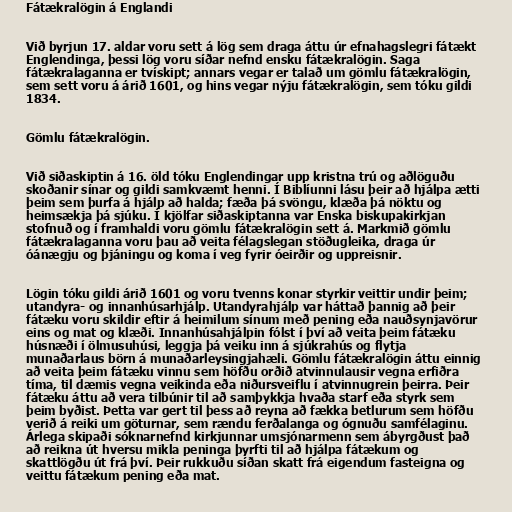
Fátækralögin á Englandi

Við byrjun 17. aldar voru sett á lög sem draga áttu úr efnahagslegri fátækt
Englendinga, þessi lög voru síðar nefnd ensku fátækralögin. Saga
fátækralaganna er tvískipt; annars vegar er talað um gömlu fátækralögin,
sem sett voru á árið 1601, og hins vegar nýju fátækralögin, sem tóku gildi
1834.

Gömlu fátækralögin.

Við siðaskiptin á 16. öld tóku Englendingar upp kristna trú og aðlöguðu
skoðanir sínar og gildi samkvæmt henni. Í Biblíunni lásu þeir að hjálpa ætti
þeim sem þurfa á hjálp að halda; fæða þá svöngu, klæða þá nöktu og
heimsækja þá sjúku. Í kjölfar siðaskiptanna var Enska biskupakirkjan
stofnuð og í framhaldi voru gömlu fátækralögin sett á. Markmið gömlu
fátækralaganna voru þau að veita félagslegan stöðugleika, draga úr
óánægju og þjáningu og koma í veg fyrir óeirðir og uppreisnir.

Lögin tóku gildi árið 1601 og voru tvenns konar styrkir veittir undir þeim;
utandyra- og innanhúsarhjálp. Utandyrahjálp var háttað þannig að þeir
fátæku voru skildir eftir á heimilum sínum með pening eða nauðsynjavörur
eins og mat og klæði. Innanhúsahjálpin fólst í því að veita þeim fátæku
húsnæði í ölmusuhúsi, leggja þá veiku inn á sjúkrahús og flytja
munaðarlaus börn á munaðarleysingjahæli. Gömlu fátækralögin áttu einnig
að veita þeim fátæku vinnu sem höfðu orðið atvinnulausir vegna erfiðra
tíma, til dæmis vegna veikinda eða niðursveiflu í atvinnugrein þeirra. Þeir
fátæku áttu að vera tilbúnir til að samþykkja hvaða starf eða styrk sem
þeim byðist. Þetta var gert til þess að reyna að fækka betlurum sem höfðu
verið á reiki um göturnar, sem rændu ferðalanga og ógnuðu samfélaginu.
Árlega skipaði sóknarnefnd kirkjunnar umsjónarmenn sem ábyrgðust það
að reikna út hversu mikla peninga þyrfti til að hjálpa fátækum og
skattlögðu út frá því. Þeir rukkuðu síðan skatt frá eigendum fasteigna og
veittu fátækum pening eða mat.